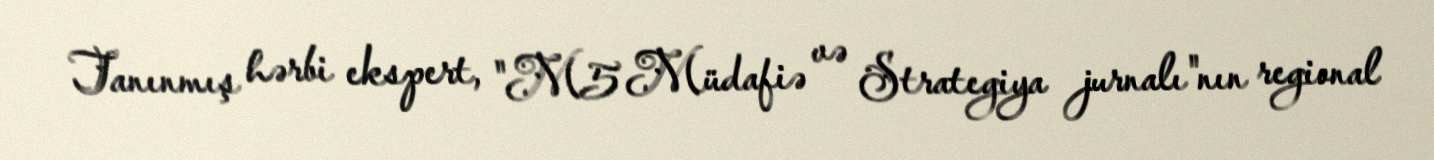
Tanınmış hərbi ekspert, "M5 Müdafiə və Strategiya jurnalı"nın regional